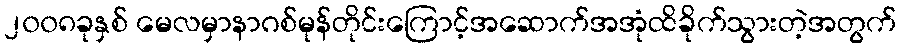
၂၀၀၈ခုနှစ် မေလမှာနာဂစ်မုန်တိုင်းကြောင့်အဆောက်အအုံထိခိုက်သွားတဲ့အတွက်